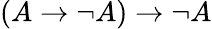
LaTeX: (A\to\lnot A)\to\lnot A